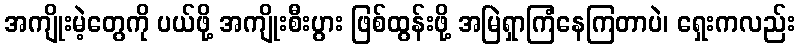
အကျိုးမဲ့တွေကို ပယ်ဖို့ အကျိုးစီးပွား ဖြစ်ထွန်းဖို့ အမြဲရှာကြံနေကြတာပဲ၊ ရှေးကလည်း